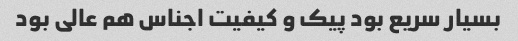
بسیار سریع بود پیک و کیفیت اجناس هم عالی بود